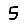
Digit: 5